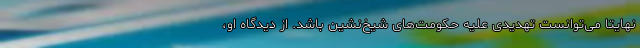
نهایتاً می‌توانست تهدیدی علیه حکومت‌های شیخ‌نشین باشد. از دیدگاه او،